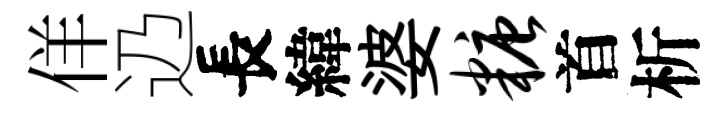
佯辸長緯婆糖首析